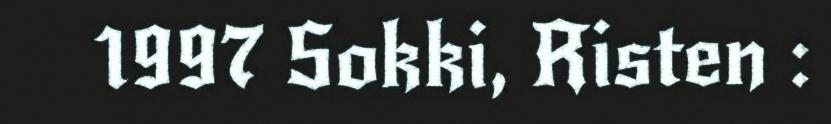
1997 Sokki, Risten :